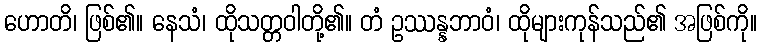
ဟောတိ၊ ဖြစ်၏။ နေသံ၊ ထိုသတ္တဝါတို့၏။ တံ ဥဿန္နဘာဝံ၊ ထိုများကုန်သည်၏ အဖြစ်ကို။